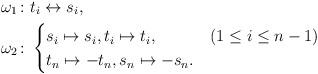
LaTeX: \begin{align*}\omega_1 \colon& t_i \leftrightarrow s_i, \\\omega_2\colon & \begin{cases} s_i \mapsto s_i , t_i \mapsto t_i, & (1\leq i \leq n-1) \\ t_n \mapsto -t_n , s_n \mapsto -s_n. &\end{cases}\end{align*}